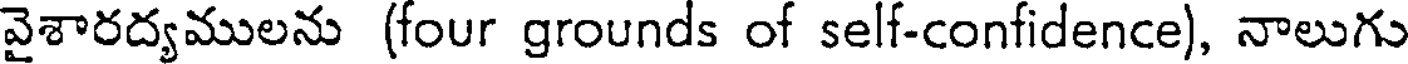
వైశారద్యములను (four grounds of self-confidence), నాలుగు